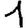
Digit: 1